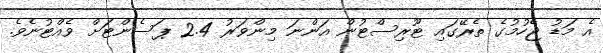
އެ މަޑު ޖެހުމުގެ ތެރޭގައި ޓޫރިސްޓުން އަންނަ މިންވަރު 2.4 ޕަސެންޓަށް ވެއްޓުނެވެ.